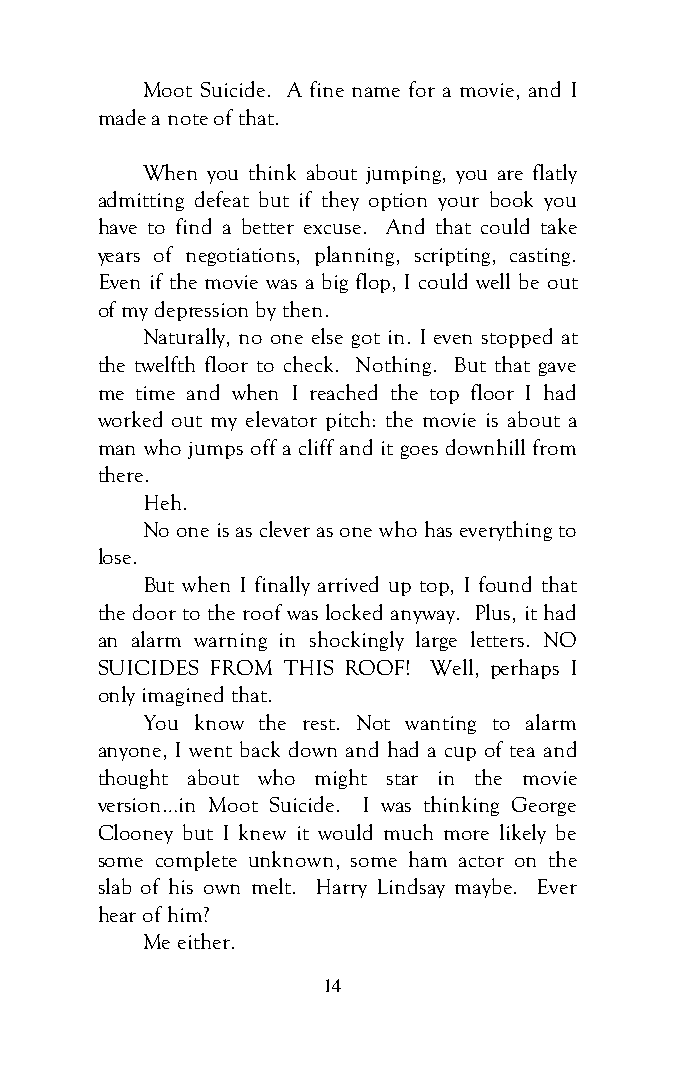
Moot Suicide. A fine name for a movie, and I
 made a note of that.
 When you think about jumping, you are flatly
 admitting defeat but if they option your book you
 have to find a better excuse. And that could take
 years of negotiations, planning, scripting, casting.
 Even if the movie was a big flop, I could well be out
 of my depression by then.
 Naturally, no one else got in. I even stopped at
 the twelfth floor to check. Nothing. But that gave
 me time and when I reached the top floor I had
 worked out my elevator pitch: the movie is about a
 man who jumps off a cliff and it goes downhill from
 there.
 Heh.
 No one is as clever as one who has everything to
 lose.
 But when I finally arrived up top, I found that
 the door to the roof was locked anyway. Plus, it had
 an alarm warning in shockingly large letters. NO
 SUICIDES FROM THIS ROOF! Well, perhaps I
 only imagined that.
 You know the rest. Not wanting to alarm
 anyone, I went back down and had a cup of tea and
 thought about who might star in the movie
 version…in Moot Suicide. I was thinking George
 Clooney but I knew it would much more likely be
 some complete unknown, some ham actor on the
 slab of his own melt. Harry Lindsay maybe. Ever
 hear of him?
 Me either.
 14